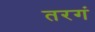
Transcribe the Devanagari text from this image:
तरगं